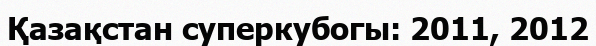
Қазақстан суперкубогы: 2011, 2012